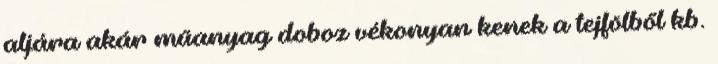
aljára akár műanyag doboz vékonyan kenek a tejfölből kb.